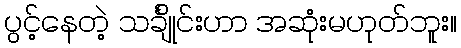
ပွင့်နေတဲ့ သင်္ချိုင်းဟာ အဆုံးမဟုတ်ဘူး။